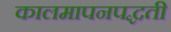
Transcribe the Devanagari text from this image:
कालमापनपद्धती